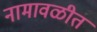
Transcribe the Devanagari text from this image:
नामावळीत